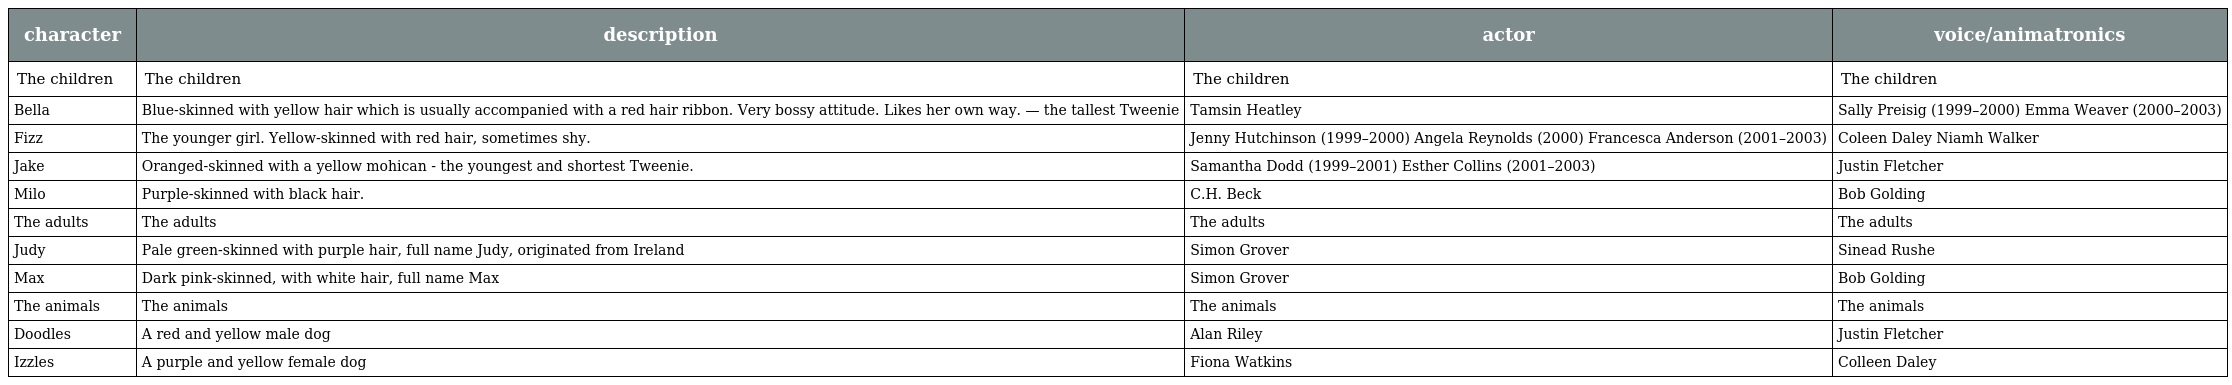
| character | description | actor | voice/animatronics |
 | --- | --- | --- | --- |
 | The children | The children | The children | The children |
 | Bella | Blue-skinned with yellow hair which is usually accompanied with a red hair ribbon. Very bossy attitude. Likes her own way. — the tallest Tweenie | Tamsin Heatley | Sally Preisig (1999–2000) Emma Weaver (2000–2003) |
 | Fizz | The younger girl. Yellow-skinned with red hair, sometimes shy. | Jenny Hutchinson (1999–2000) Angela Reynolds (2000) Francesca Anderson (2001–2003) | Coleen Daley Niamh Walker |
 | Jake | Oranged-skinned with a yellow mohican - the youngest and shortest Tweenie. | Samantha Dodd (1999–2001) Esther Collins (2001–2003) | Justin Fletcher |
 | Milo | Purple-skinned with black hair. | C.H. Beck | Bob Golding |
 | The adults | The adults | The adults | The adults |
 | Judy | Pale green-skinned with purple hair, full name Judy, originated from Ireland | Simon Grover | Sinead Rushe |
 | Max | Dark pink-skinned, with white hair, full name Max | Simon Grover | Bob Golding |
 | The animals | The animals | The animals | The animals |
 | Doodles | A red and yellow male dog | Alan Riley | Justin Fletcher |
 | Izzles | A purple and yellow female dog | Fiona Watkins | Colleen Daley |